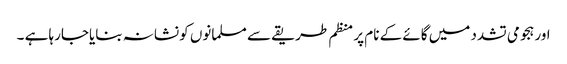
اور ہجومی تشدد میں گائے کے نام پر منظم طریقے سے مسلمانوں کو نشانہ بنایاجارہا ہے ۔